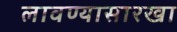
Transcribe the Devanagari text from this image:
लावण्यासारखा